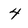
Character: 4